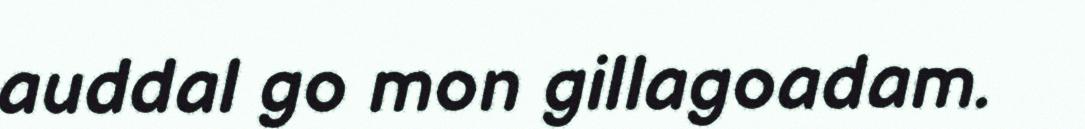
auddal go mon gillagoadam.